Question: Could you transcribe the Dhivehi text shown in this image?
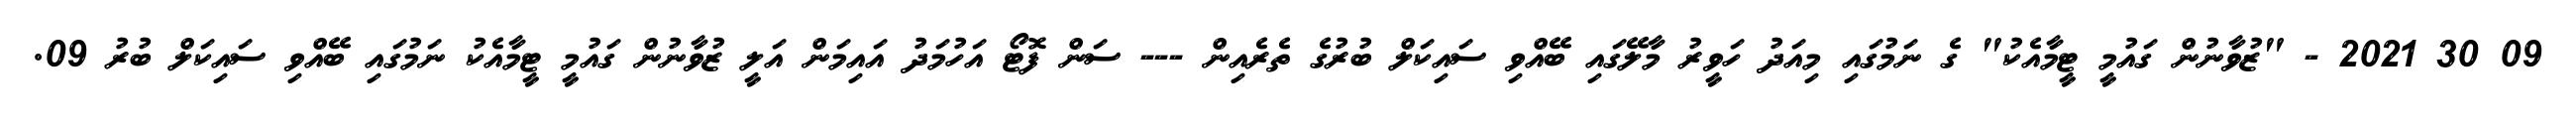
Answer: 09 30 2021 - "ޒުވާނުން ގައުމީ ޓީމާއެކު" ގެ ނަމުގައި މިއަދު ހަވީރު މާލޭގައި ބޭއްވި ސައިކަލް ބުރުގެ ތެރެއިން --- ސަން ފޮޓޯ އަހުމަދު އައިމަން އަލީ ޒުވާނުން ގައުމީ ޓީމާއެކު ނަމުގައި ބޭއްވި ސައިކަލް ބުރު 09.